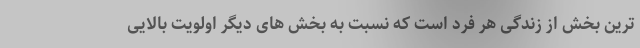
ترین بخش از زندگی هر فرد است که نسبت به بخش های دیگر اولویت بالایی